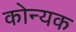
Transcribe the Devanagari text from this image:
कोन्यक